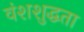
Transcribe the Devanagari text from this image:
वंशशुद्धता